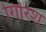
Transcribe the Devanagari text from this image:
गिरिश्